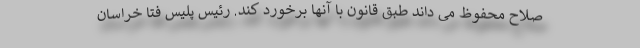
صلاح محفوظ می داند طبق قانون با آنها برخورد کند. رئیس پلیس فتا خراسان